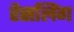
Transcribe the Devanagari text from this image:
रैसलिंग